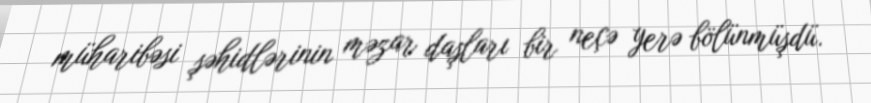
müharibəsi şəhidlərinin məzar daşları bir neçə yerə bölünmüşdü.